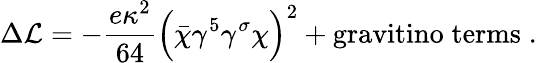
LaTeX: \Delta{\mathcal L}=-{\frac{e\kappa^{2}}{64}}\Bigl(\bar{\chi}\gamma^{5}\gamma^{\sigma}\chi\Bigr)^{2}+\mathrm{gravitino\; terms}\; .